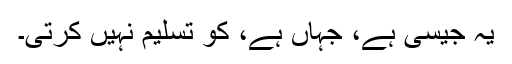
یہ جیسی ہے، جہاں ہے، کو تسلیم نہیں کرتی۔